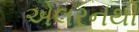
એલરનથી